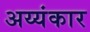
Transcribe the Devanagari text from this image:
अय्यंकार